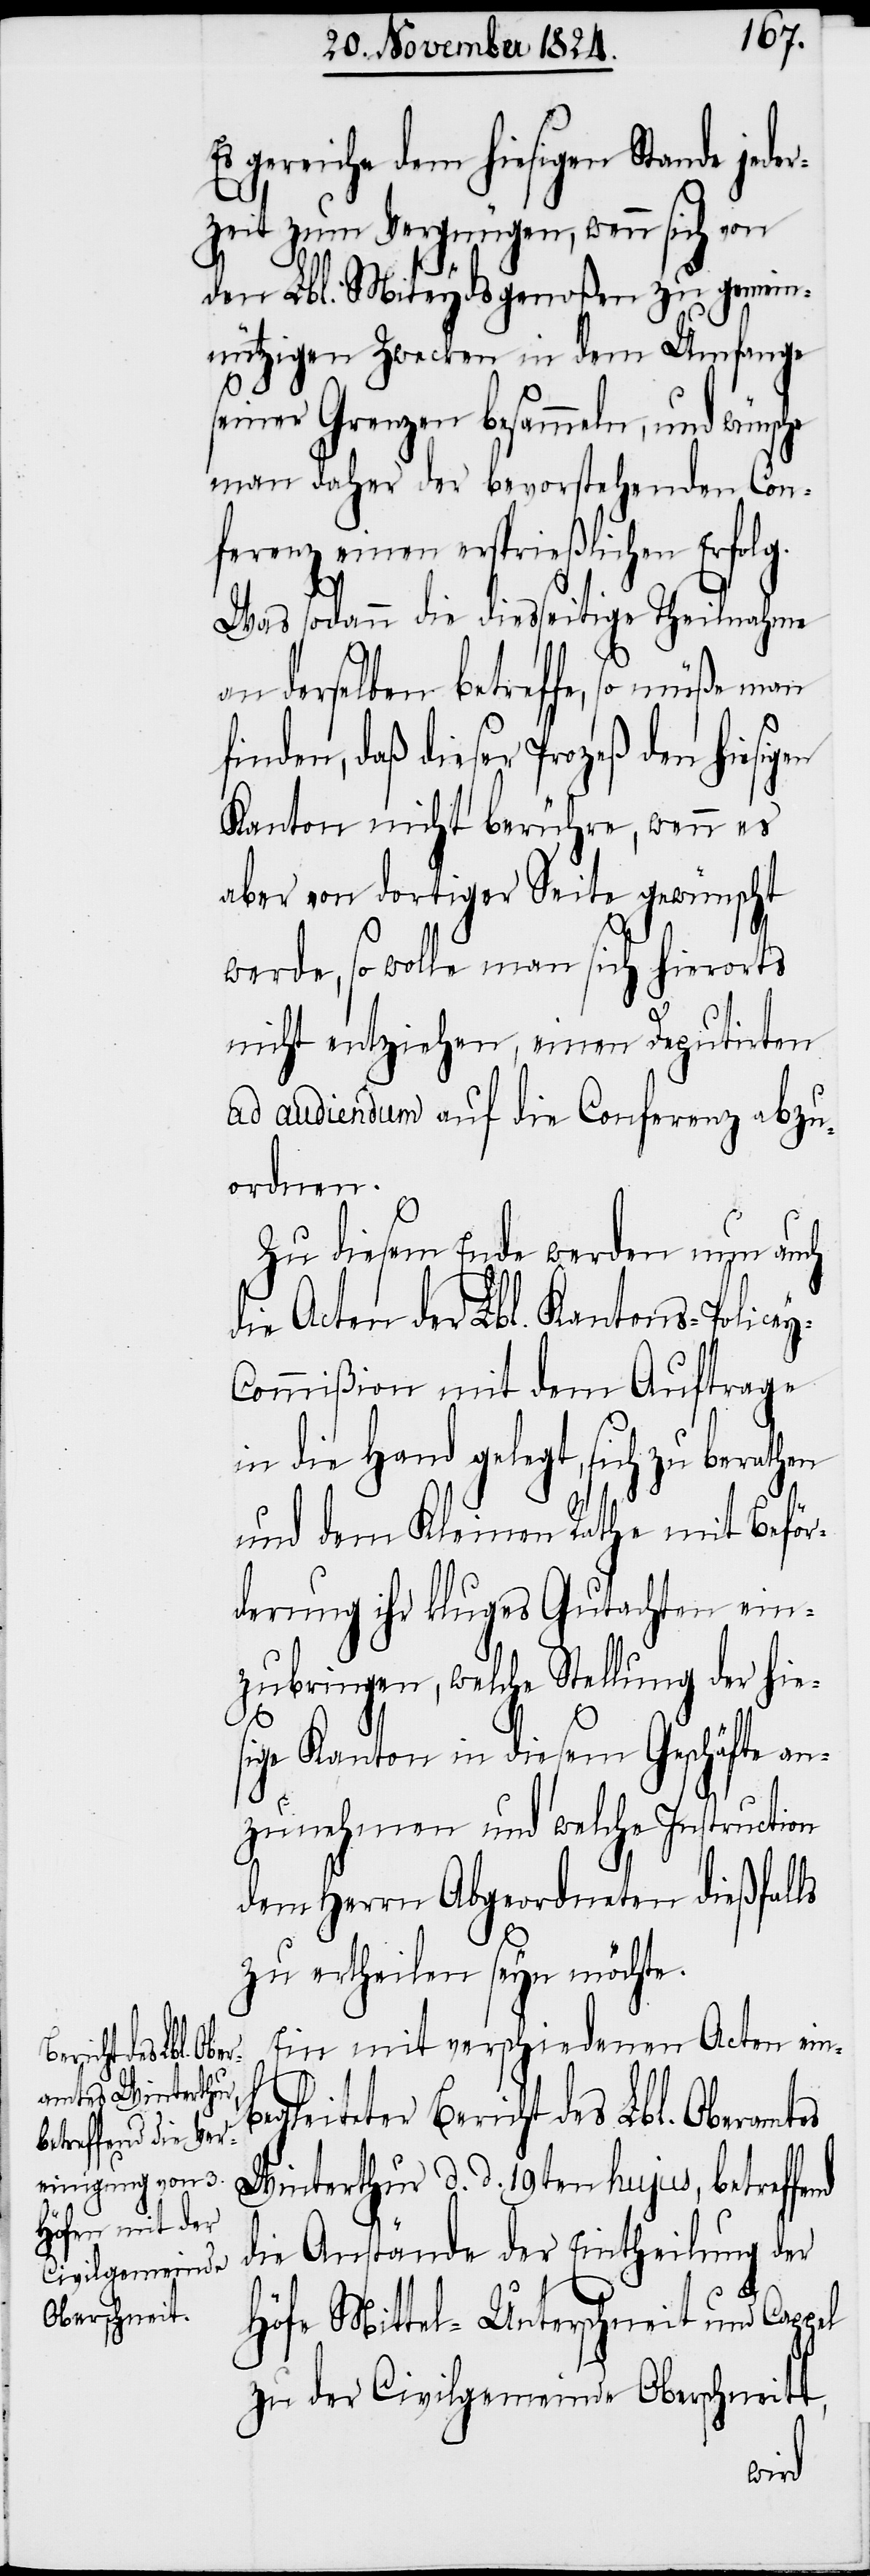
Es gereiche dem hiesigen Stande jede¬
rzeit zum Vergnügen, wenn sich von
den Lbl. Miteydsgenoßen zu gemein¬
nützigen Zwecken in dem Umfange
seiner Grenzen besammeln, und wünsche
man daher der bevorstehenden Con¬
ferenz einen ersprießlichen Erfolg.
pel
Was sodann die diesseitige Theilnahme
an derselben betreffe, so müße man
finden daß dieser Prozeß den hiesig¬
Kanton nicht berühre, wenn es
aber von dortiger Seite gewünscht
werde, so wolle man sich hierorts
nicht entziehen, einen Deputirten
ad audiendum auf die Conferenz abzu¬
ordnen.
Zu diesem Ende werden nun auch
die Acten der Lbl. Kantons-Police¬
ommißion mit dem Auftrage
in die Hand gelegt, sich zu berathen
und dem Kleinen Rathe mit Beför¬
derung ihr kluges Gutachten ein¬
zubringen, welche Stellung der hi¬
sige Kanton in diesem Geschäfte an¬
zunehmen und welche Instruction
dem Herrn Abgeordneten dießfalls
zu ertheilen seyn möchte.
Ein mit verschiedenen Acten ein¬
leiteter Bericht des Lbl. Oberamtes
Winterthur d. d. 19ten hujus, betreff¬
die Anstände der Eintheilung der
Höfe Mittel- Unterschneit und Cap¬
zu der Civilgemeinde Oberschneitt,